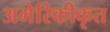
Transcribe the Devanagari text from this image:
अमेरिकीकृत